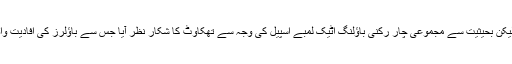
سیریز کے دوران چند مواقعوں پر پاکستانی باؤلنگ اٹیک نے حریف ٹیم کو پریشانی سے دوچار کیا لیکن بحیثیت سے مجموعی چار رکنی باؤلنگ اٹیک لمبے اسپیل کی وجہ سے تھکاوٹ کا شکار نظر آیا جس سے باؤلرز کی افادیت واضح طور پر متاثر ہوتی نظر آئی اور اس دوران ایک اضافی باؤلر کی کمی شدت سے محسوس ہوئی۔